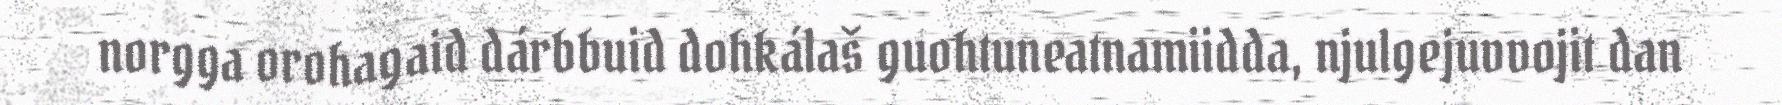
norgga orohagaid dárbbuid dohkálaš guohtuneatnamiidda, njulgejuvvojit dan